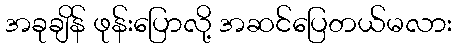
အခုချိန် ဖုန်းပြောလို့ အဆင်ပြေတယ်မလား